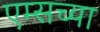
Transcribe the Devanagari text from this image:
एम्सच्या